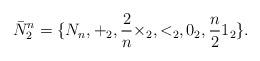
LaTeX: \begin{align*}\bar{N}^{n}_{2}=\{N_{n},+_{2},\frac{2}{n}\times_{2}, <_{2},0_{2},\frac{n}{2}1_{2}\}.\end{align*}